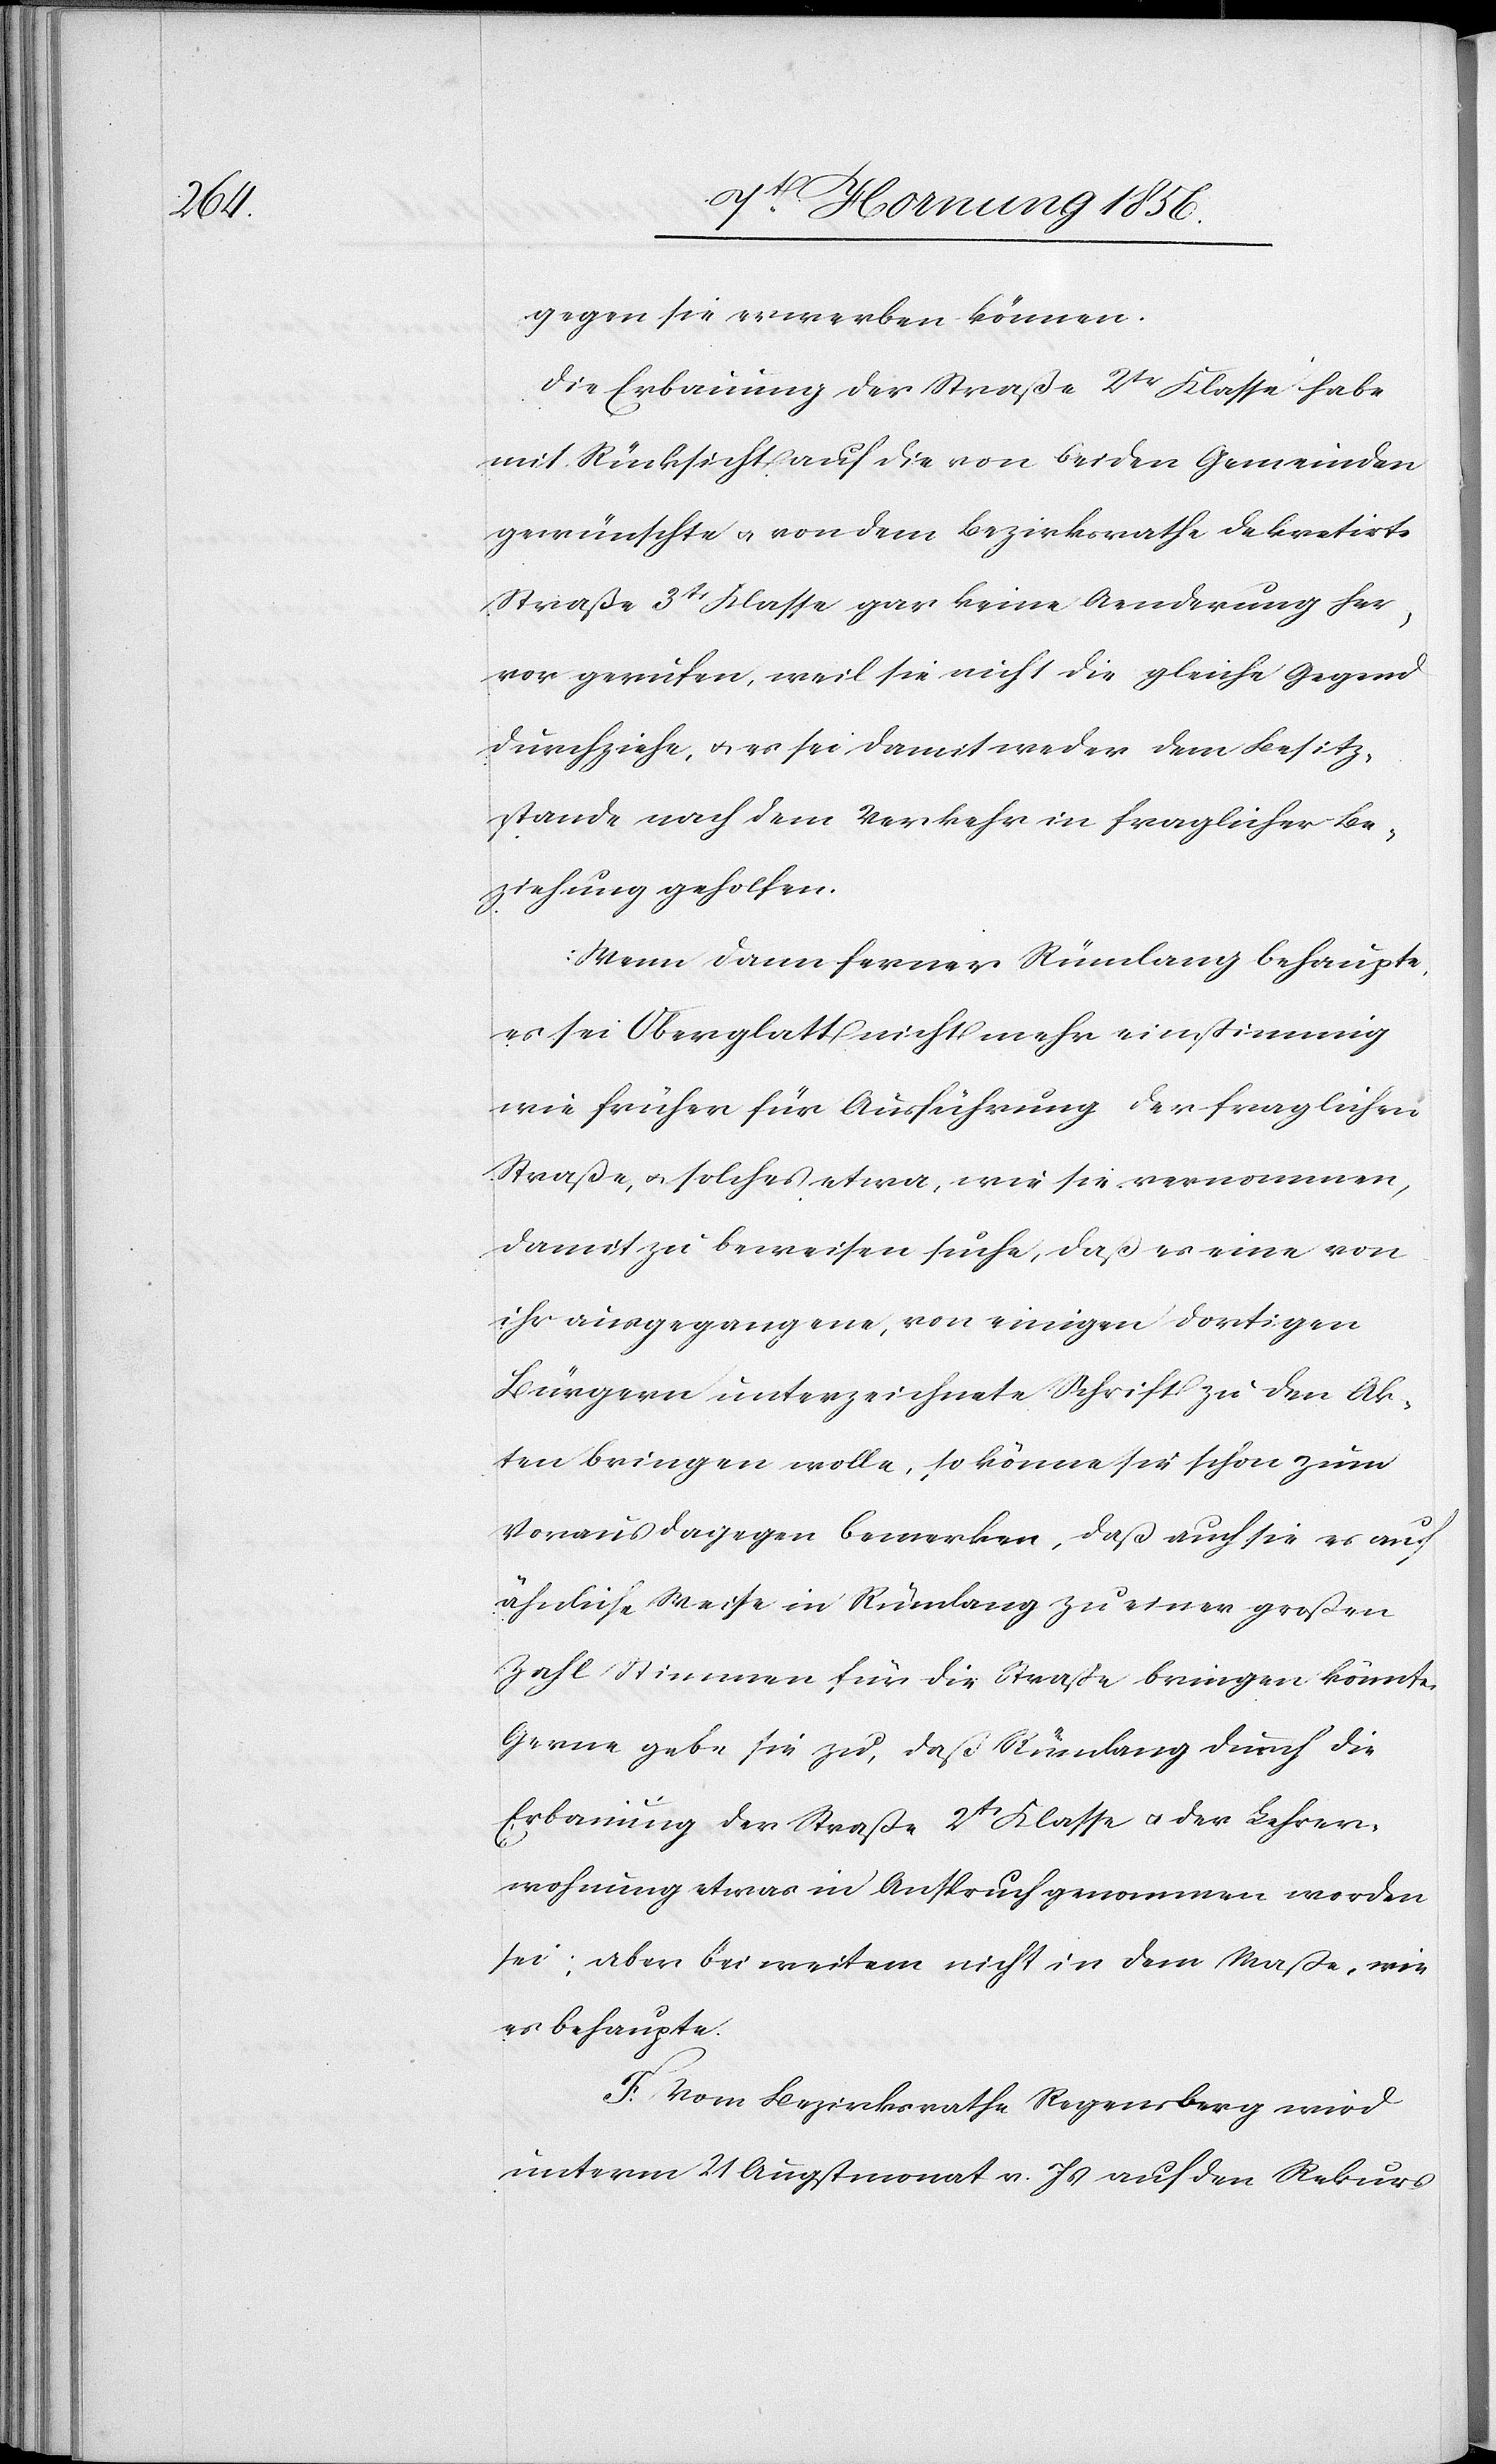
gegen sie erwerben können.
Die Erbauung der Straße 2tr Klasse habe
mit Rücksicht auf die von beiden Gemeinden
gewünschte u. von dem Bezirksrathe dekretierte
Straße 3tr Klasse gar keine Aenderung her¬
vor gerufen, weil sie nicht die gleiche Gegend
durchziehe, u. es sei damit weder dem Besitz¬
stande nach [sic!] dem Verkehr in fraglicher Be¬
ziehung geholfen.
Wenn dann ferner Rümlang behaupte,
es sei Oberglatt nicht mehr einstimmig
wie früher für Ausführung der fraglichen
Straße, u. solches etwa, wie sie vernommen,
damit zu beweisen suche, daß es eine von
ihr ausgegangene, von einigen dortigen
Bürgern unterzeichnete Schrift zu den Ak¬
ten bringen wolle, so könne sie schon zum
Voraus dagegen bemerken, daß auch sie es auf
ähnliche Weise in Rümlang zu einer großen
Zahl Stimmen für die Straße bringen könnte.
Gerne gebe sie zu, daß Rümlang durch die
Erbauung der Straße 2tr Klasse u. der Lehrer¬
wohnung etwas in Anspruch genommen worden
sei; aber bei weitem nicht in dem Maße, wie
es behauptet.
F. Vom Bezirksrathe Regensberg wird
unterm 21 Augstmonat v. Js auf den Rekurs